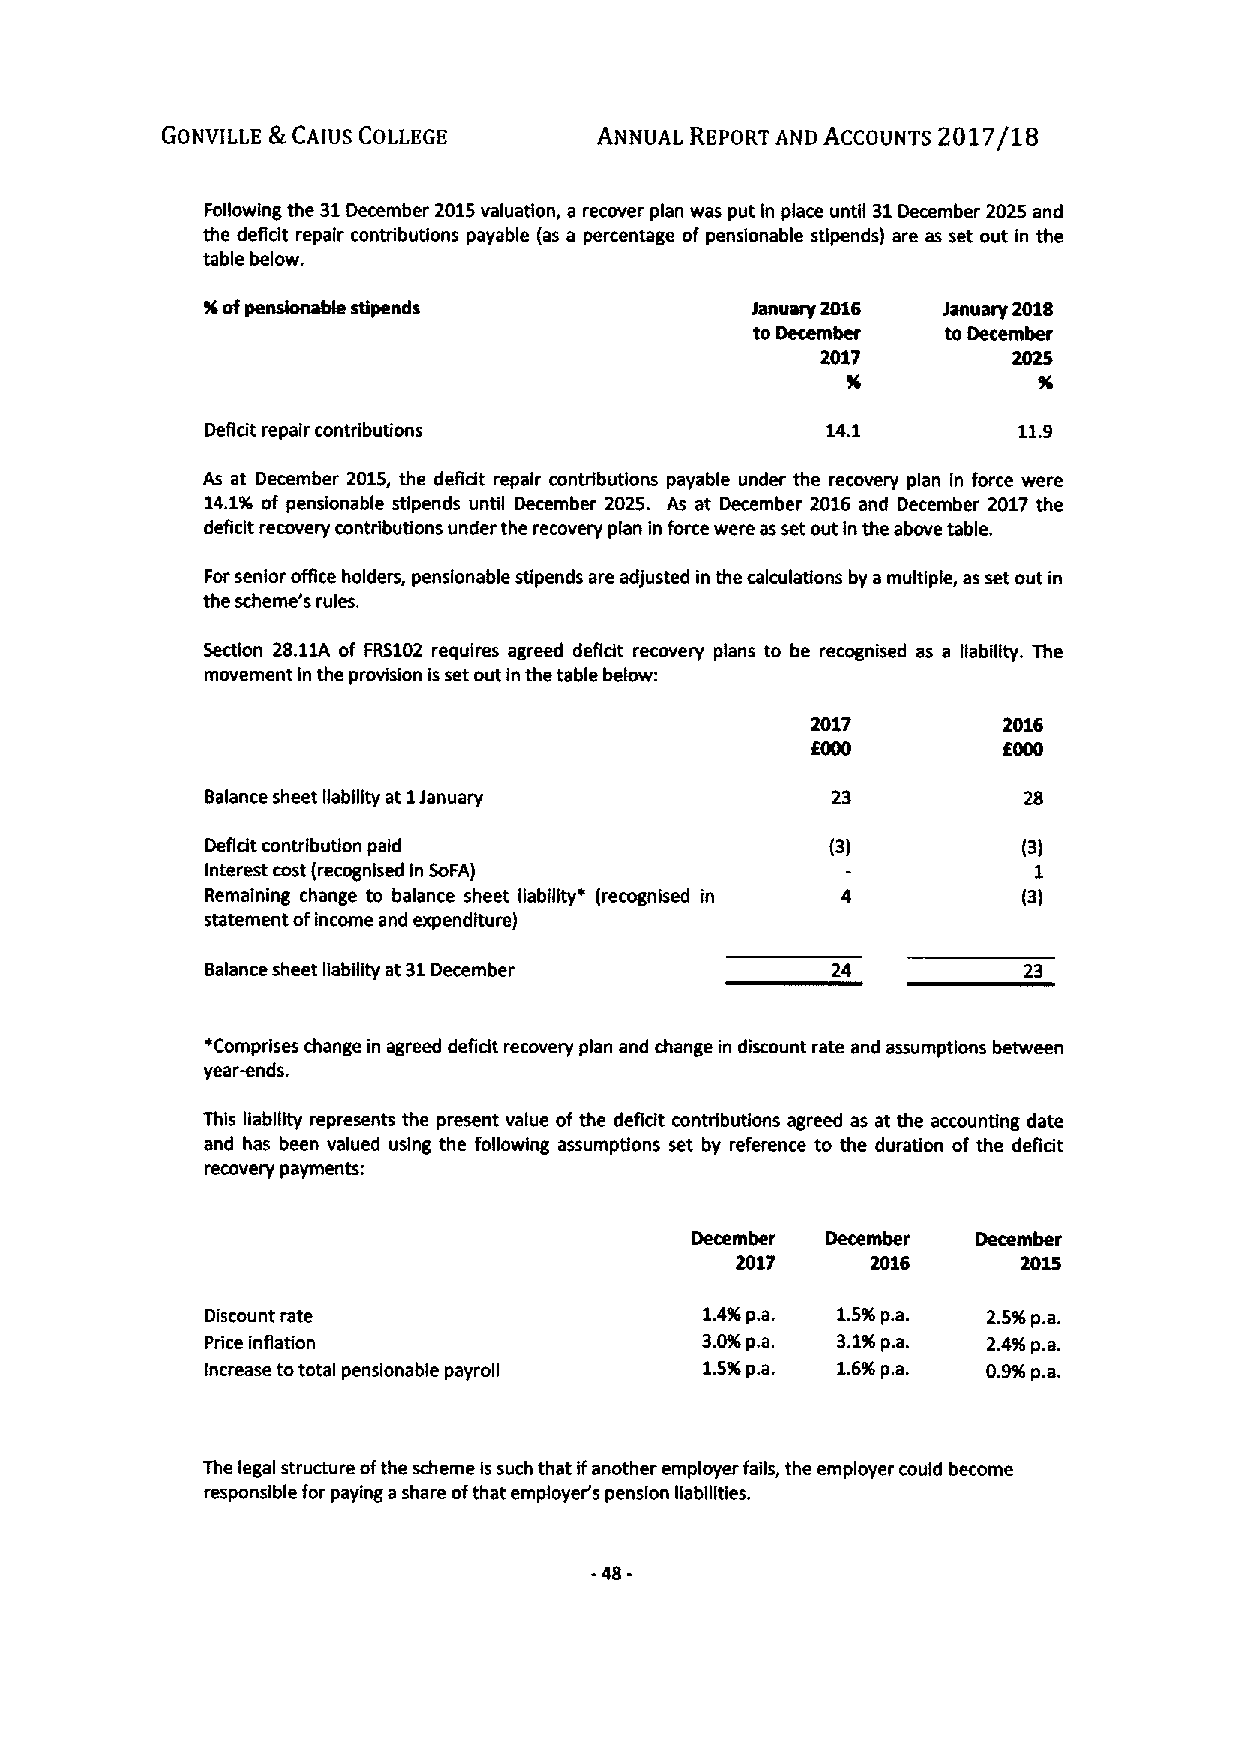
GONVILLE S.CAIUS COLLEGE     ANNUAL REPORT AND ACCOUNTS 2017/18
 Following the 31December 2015valuation, a recover plan was put In place until 31December 2025 and
 the defidt repair contributions payable (as a percentage of pensionable stlpends) are as set out in the
 table below.
 %ofpensionable sti pend s           January 2016 January 2018
 to December  toDecember
 2017         2025
 DeRdt repair contributions               14.1        11.9
 As at December 2015, the defldt repair contributions payable under the recovery plan in force were
 14.1%of pensionable stlpends until December 2025. As at December 2016 and December 2017 the
 deficit recovery contributions under the recovery plan in force were as set out in the above table.
 Forsenior ofRce holders, pensionable stipends are adjusted in the calculations by amultiple, as set out in
 the scheme's rules.
 Section 28.11A of FR5102 requires agreed defldt recovery plans to be recognised as a liability. The
 movement In the provision isset out in the table below:
 2017        2016
 8000        8000
 Balance sheet liability at 1January                   28
 Defldt contribution paid                 (3)          (3)
 Interest cost (recognised In SoFA)
 Remaining change to balance sheet liability' (recognised in (3)
 statement ofincome and expenditure)
 Balance sheet liability at 31December    24           23
 'Comprises change in agreed defldt recovery plan and change in discount rate and assumptions between
 year-ends.
 This liability represents the present value ofthe defldt contributions agreed as at the accounting date
 and has been valued using the following assumptions set by reference to the duration of the defidt
 recovery payments:
 December December  December
 2017     2016      2015
 Discount rate                    1.4%p.a. 1.5%p.a. 2.5%p.a.
 Pnce inflation                  3.0%p.a. 3.1'%p.a. 2.4%p.a.
 Increase tototal pensionable payroll 1.5%p.a. 1.6%p.a. 0.9%p.a.
 The legal structure ofthe scheme Issuch that ifanother employer fails, the employer could become
 responsible for paying ashare ofthat employer's pension gabllities.